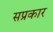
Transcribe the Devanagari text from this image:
सप्रकार